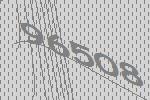
96508